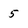
Character: 5